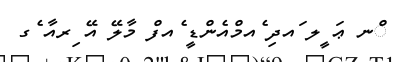
ްނ ޢަ ީލ ައދި ެއމްއެންޑީ ެއފް މާލޭ އޭ ިރއާ ެގ